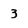
Character: 3